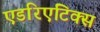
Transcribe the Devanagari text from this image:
एडरिएटिक्स